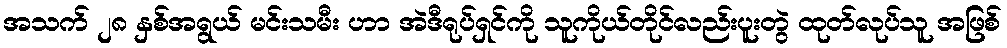
အသက် ၂၈ နှစ်အရွယ် မင်းသမီး ဟာ အဲဒီရုပ်ရှင်ကို သူကိုယ်တိုင်လည်းပူးတွဲ ထုတ်လုပ်သူ အဖြစ်